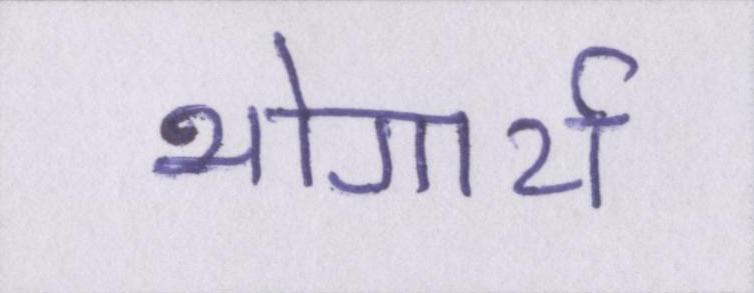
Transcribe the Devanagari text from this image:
भोगार्थ